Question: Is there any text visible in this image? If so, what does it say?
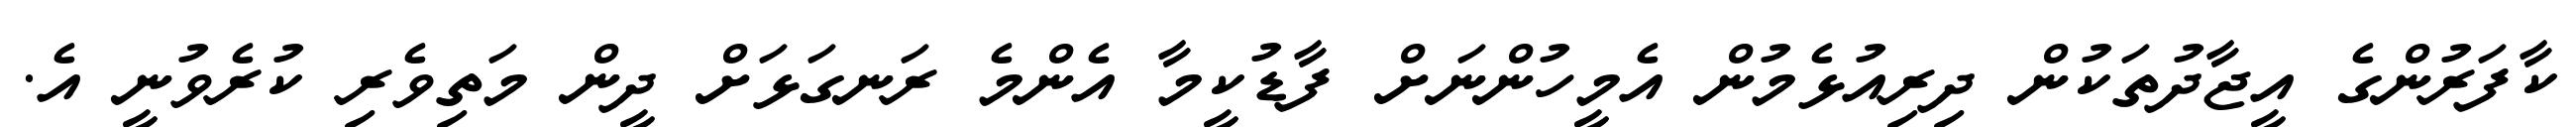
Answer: ކާފަރުންގެ އީޖާދުތަކުން ދިރިއުޅެމުން އެމީހުންނަށް ފާޑުކީމާ އެންމެ ރަނގަޅަށް ދީން މަތިވެރި ކުރެވުނީ އެ.